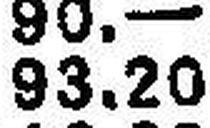
93.20